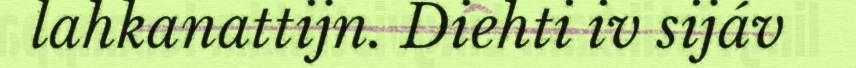
lahkanattijn. Diehti iv sijáv